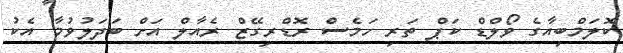
ކޮލަމްބިއާގެ ވޯލްޑް ކަޕް ތަރި ހަމެސް ރޮޑްރިގޭޒް ރެއާލް އަށް ބަދަލުވުމާ އެކު